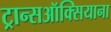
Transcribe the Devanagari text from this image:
ट्रान्सऑक्सियाना